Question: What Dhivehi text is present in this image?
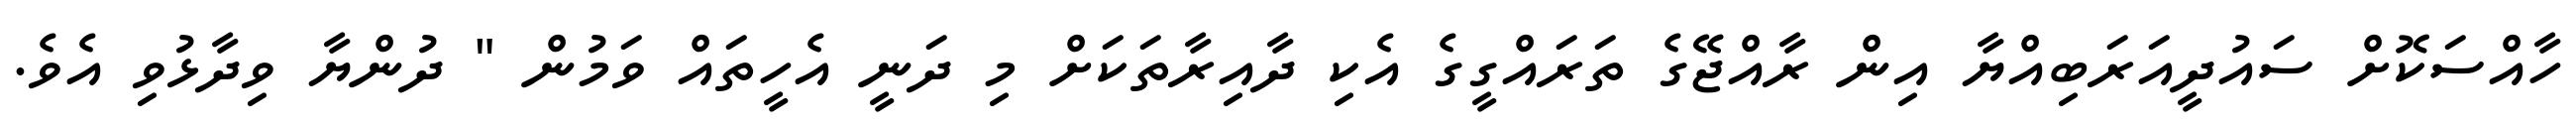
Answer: ހާއްސަކޮށް ސައުދީއަރަބިއްޔާ އިން ރާއްޖޭގެ ތަރައްގީގެ އެކި ދާއިރާތަކަށް މި ދަނީ އެހީތައް ވަމުން " ދުންޔާ ވިދާޅުވި އެވެ.